Reports on military cantonments and civil stations in the Presidency of Bombay inspected by the Sanitary Commissioner in the years 1875 and 1876
Year: 1875
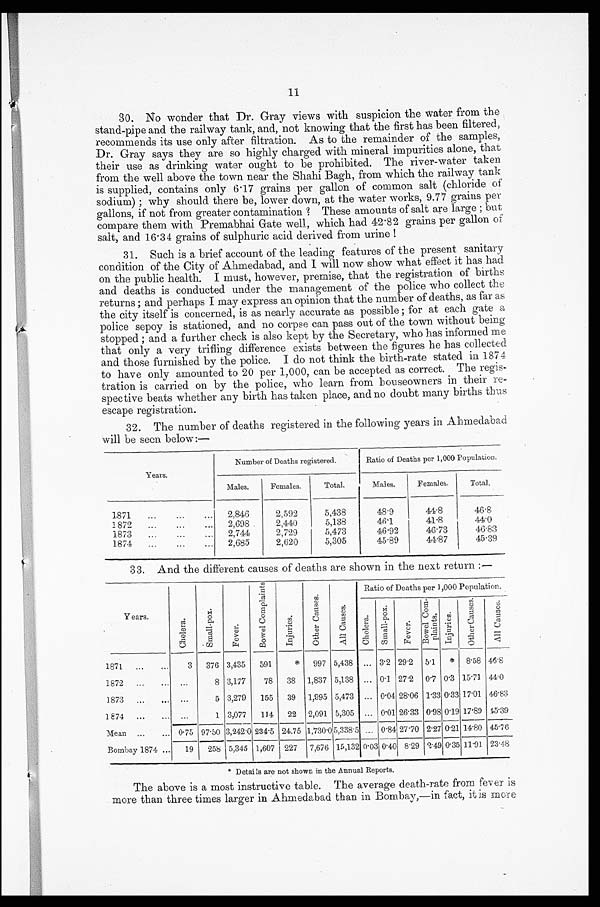
11
30. No wonder that Dr. Gray views with suspicion the water from the
stand-pipe and the railway tank, and, not knowing that the first has been filtered,
recommends its use only after filtration. As to the remainder of the samples,
Dr. Gray says they are so highly charged with mineral impurities alone, that
their use as drinking water ought to be prohibited. The river-water taken
from the well above the town near the Shahi Bagh, from which the railway tank
is supplied, contains only 6.17 grains per gallon of common salt (chloride of
sodium); why should there be, lower down, at the water works, 9.77 grains per
gallons, if not from greater contamination? These amounts of salt are large; but
compare them with Premabhai Gate well, which had 42.82 grains per gallon of
salt, and 16.34 grains of sulphuric acid derived from urine!
31. Such is a brief account of the leading features of the present sanitary
condition of the City of Ahmedabad, and I will now show what effect it has had
on the public health. I must, however, premise, that the registration of births
and deaths is conducted under the management of the police who collect the
returns; and perhaps I may express an opinion that the number of deaths, as far as
the city itself is concerned, is as nearly accurate as possible; for at each gate a
police sepoy is stationed, and no corpse can pass out of the town without being
stopped; and a further check is also kept by the Secretary, who has informed me
that only a very trifling difference exists between the figures he has collected
and those furnished by the police. I do not think the birth-rate stated in 1874
to have only amounted to 20 per 1,000, can be accepted as correct. The regis
-
tration is carried on by the police, who learn from houseowners in their re
-
spective beats whether any birth has taken place, and no doubt many births thus
escape registration.
32. The number of deaths registered in the following years in Ahmedabad
will be seen below:—
Years.
Number of Deaths registered.
Ratio of Deaths per 1,000 Population.
Males.
Females.
Total.
Males.
Females.
Total.
1871 . . .
2,846
2,592
5,438
48.9
44.8
46.8
1872 . . .
2,698
2,440
5,138
46.1
41.8
44.0
1873 . . .
2,744
2,729
5,473
46.92
46.73
46.83
1874 . . .
2,685
2,620
5,305
45.89
44.87
45.39
33. And the different causes of deaths are shown in the next return:—
Years.
C h o l e r a .
S m a l l - p o x .
F e v e r .
B o w e l C o m p l a i n t s .
I n j u r i e s .
O t h e r C a u s e s .
A l l c a u s e s .
Ratio of Deaths per 1,000 Population.
C h o l e r a .
S m a l l - p o x .
F e v e r .
Bo we l Co m- p l a i n t s .
I n j u r i e s .
O t h e r C a u s e s .
A l l c a u s e s .
1871 . . .
3
376 3,435
591
*
997 5,438
. . . 3.2 29.2 5.1 *
8.58 46.8
1872 . . .
. . .
8 3,177
78
38
1,837 5,138
. . . 0.1 27.2
0.7 0.3 15.71 44.0
1873 . . .
. . .
5 3,279
155
39
1,995 5,473
. . . 0.04 28.06 1.33 0.33 17.01 46.83
1874 . . .
. . .
1 3,077
114
22
2,091 5,305
. . . 0.01 26.33 0.98 0.19 17.89 45.39
Mean . . . 0.75 97.50 3,242.0 234.5 24.75
1 , 7 3 0 . 0 5,338.5 . . .
0 . 8 4
27.70 2.27 0.21 14.80 45.76
Bombay 1874 . . .
19
258 5,345 1,607 227
7,676 15,132 0.03 0.40 8.29 2.49 0.35 11.91 23.48
* Details are not shown in the Annual Reports.
The above is a most instructive table. The average death-rate from fever is
more than three times larger in Ahmedabad than in Bombay,—in fact, it is more